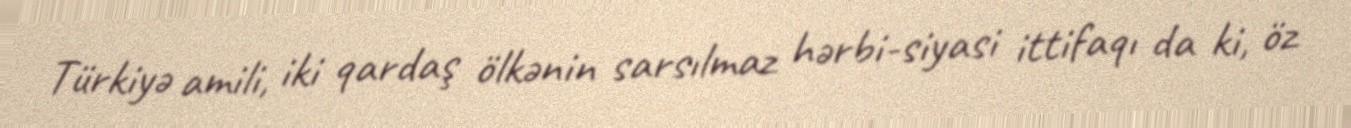
Türkiyə amili, iki qardaş ölkənin sarsılmaz hərbi-siyasi ittifaqı da ki, öz